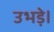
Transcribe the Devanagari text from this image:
उभड़े।